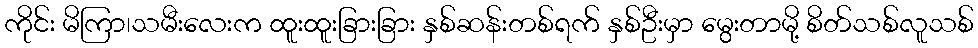
ကိုင်း မိကြာ၊သမီးလေးက ထူးထူးခြားခြား နှစ်ဆန်းတစ်ရက် နှစ်ဦးမှာ မွေးတာမို့ စိတ်သစ်လူသစ်